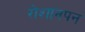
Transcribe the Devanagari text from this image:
रोशानपन